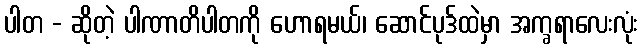
ပါတ - ဆိုတဲ့ ပါဏာတိပါတကို ဟောရမယ်၊ ဆောင်ပုဒ်ထဲမှာ အက္ခရာလေးလုံး